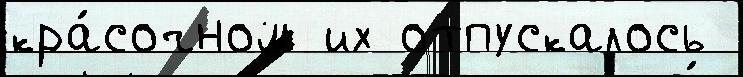
кра́сочном их отпускалось